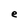
Character: e